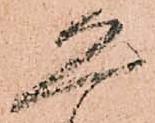
恐